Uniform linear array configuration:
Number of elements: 64
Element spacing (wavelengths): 0.25
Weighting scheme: binomial
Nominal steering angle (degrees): -45
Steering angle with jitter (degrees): -46.618
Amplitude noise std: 0.05
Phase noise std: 0.05

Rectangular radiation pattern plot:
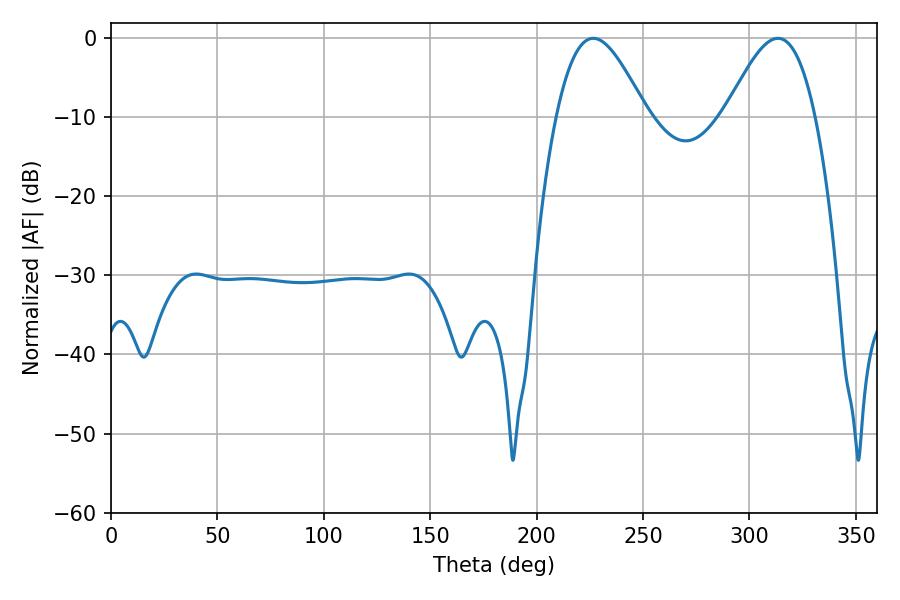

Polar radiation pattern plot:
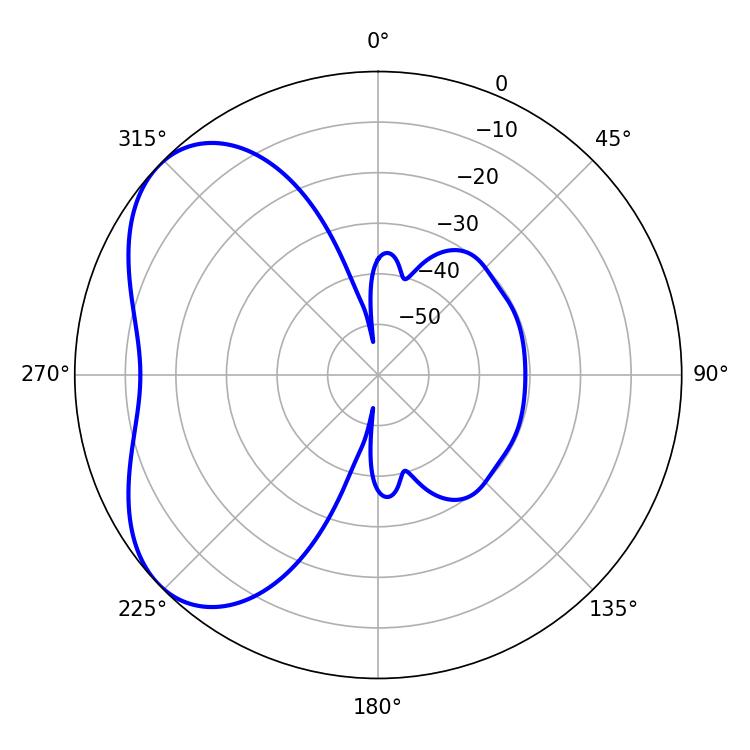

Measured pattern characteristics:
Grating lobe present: FALSE
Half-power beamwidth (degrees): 22.68
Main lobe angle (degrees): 226.62